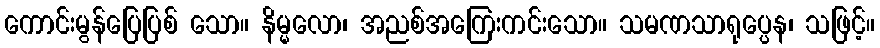
ကောင်းမွန်ပြေပြစ် သော။ နိမ္မလော၊ အညစ်အကြေးကင်းသော။ သမဏသာရုပ္ပေန၊ သဖြင့်။